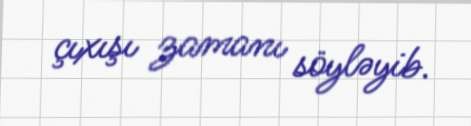
çıxışı zamanı söyləyib.